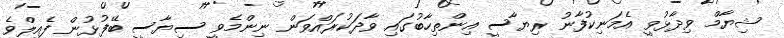
ޝިޔާމް ވިދާޅުވީ އެމަނިކުފާނު ރިޔާސީ އިންތިހާބުގައި ވާދަކުރައްވަން ނިންމެވީ ސިޔާސީ ބޭފުޅުން ފެއިލްވެ